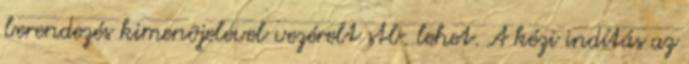
berendezés kimenõjelével vezérelt stb. lehet. A kézi indítás az